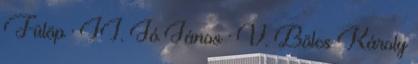
Fülöp · II. Jó János · V. Bölcs Károly